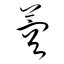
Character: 蓉